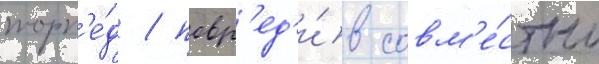
торп'е́д / повр'ед'и́в совм'е́стно